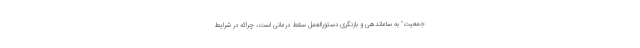
جمعیت" به ساماندهی و بازنگری دستورالعمل سقط درمانی است، چراکه در شرایط